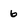
Character: 6